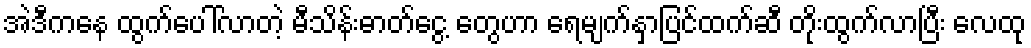
အဲဒီကနေ ထွက်ပေါ်လာတဲ့ မီသိန်းဓာတ်ငွေ့ တွေဟာ ရေမျက်နှာပြင်ထက်ဆီ တိုးထွက်လာပြီး လေထု